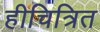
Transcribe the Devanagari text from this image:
हीचित्रित